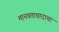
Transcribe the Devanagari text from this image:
मानवतावादाचा